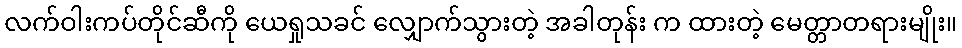
လက်ဝါးကပ်တိုင်ဆီကို ယေရှုသခင် လျှောက်သွားတဲ့ အခါတုန်း က ထားတဲ့ မေတ္တာတရားမျိုး။